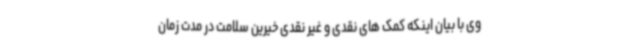
وی با بیان اینکه کمک های نقدی و غیر نقدی خیرین سلامت در مدت زمان